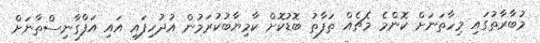
މުބާރާތުގައި މިހާތަނަށް ކޮންމެ މެޗެއް ތަފާތު ބޮޑުކޮށް ކާމިޔާބުކުރަމުން އުދުހިފައި އައި އަފްގާނިސްތާނަށް